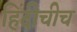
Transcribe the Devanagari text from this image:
हिंदीचीच